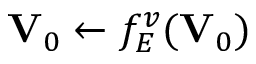
{ \bf V } _ { 0 } \leftarrow f _ { \cal E } ^ { v } ( { \bf V } _ { 0 } )